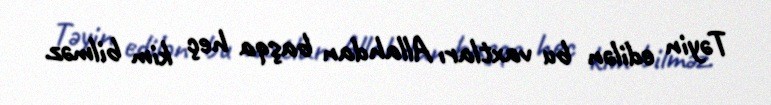
Təyin edilən bu vaxtları Allahdan başqa heç kim bilməz.